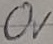
Text: 0V